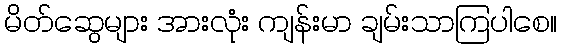
မိတ်ဆွေများ အားလုံး ကျန်းမာ ချမ်းသာကြပါစေ။